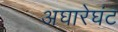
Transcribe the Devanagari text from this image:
अघारेघंट